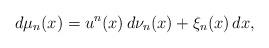
LaTeX: \begin{align*}d\mu_n(x)=u^n(x)\,d\nu_n(x)+\xi_n(x)\,dx,\end{align*}